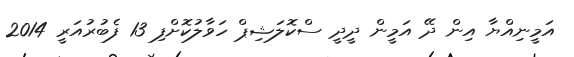
އަމީނިއްޔާ އިން ދޭ އަމީން ދީދީ ސްކޮލަޝިޕް ހަވާލުކޮށްފި 13 ފެބުރުއަރީ 2014